Civil Veterinary Dept. North-West Frontier Province 1933-46 - 1933-1946
Year: 1933
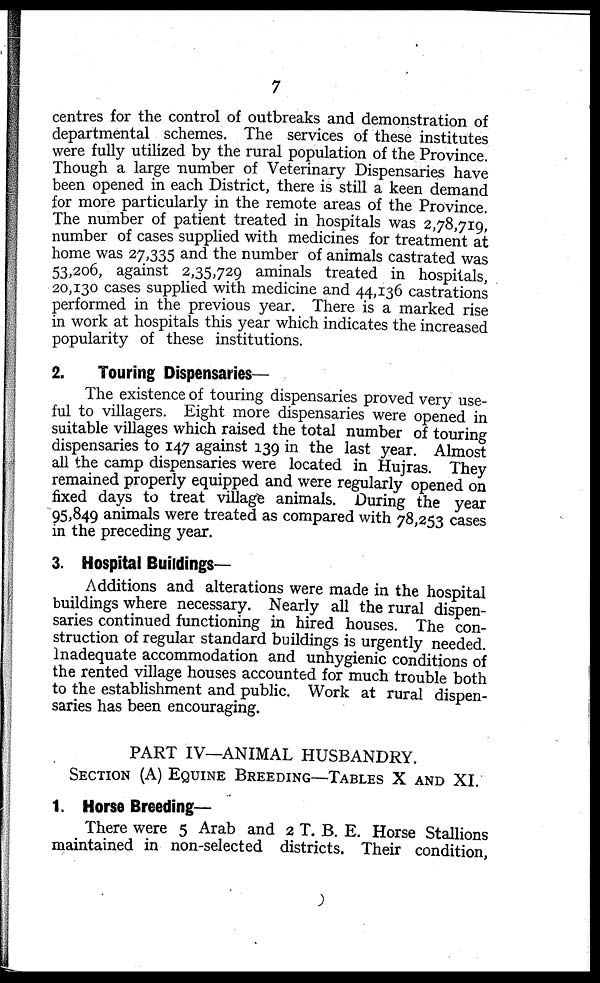
7
centres for the control of outbreaks and demonstration of
departmental schemes. The services of these institutes
were fully utilized by the rural population of the Province.
Though a large number of Veterinary Dispensaries have
been opened in each District, there is still a keen demand
for more particularly in the remote areas of the Province.
The number of patient treated in hospitals was 2,78,719,
number of cases supplied with medicines for treatment at
home was 27,335 and the number of animals castrated was
53,206, against 2,35,729 aminals treated in hospitals,
20,130 cases supplied with medicine and 44,136 castrations
performed in the previous year. There is a marked rise
in work at hospitals this year which indicates the increased
popularity of these institutions.
2.
Touring Dispensaries—
The existence of touring dispensaries proved very use-
ful to villagers. Eight more dispensaries were opened in
suitable villages which raised the total number of touring
dispensaries to 147 against 139 in the last year. Almost
all the camp dispensaries were located in Hujras. They
remained properly equipped and were regularly opened on
fixed days to treat village animals. During the year
95,849 animals were treated as compared with 78,253 cases
in the preceding year.
3. Hospital Buildings-
Additions and alterations were made in the hospital
buildings where necessary. Nearly all the rural dispen-
saries continued functioning in hired houses. The con-
struction of regular standard buildings is urgently needed
Inadequate accommodation and unhygienic conditions of
the rented village houses accounted for much trouble both
to the establishment and public. Work at rural dispen-
saries has been encouraging.
PART IV—ANIMAL HUSBANDRY.
SECTION (A) EQUINE BREEDING—TABLES X AND XI.
1. Horse Breeding-
There were 5 Arab and 2 T. B. E. Horse Stallions
maintained in non-selected districts. Their condition,